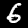
Digit: 6